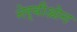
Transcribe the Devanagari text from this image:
नेर्वीओन